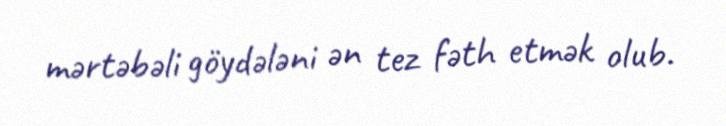
mərtəbəli göydələni ən tez fəth etmək olub.